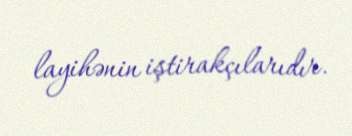
layihənin iştirakçılarıdır.